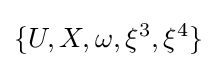
\{U,X,\omega ,\xi ^{3},\xi ^{4}\}